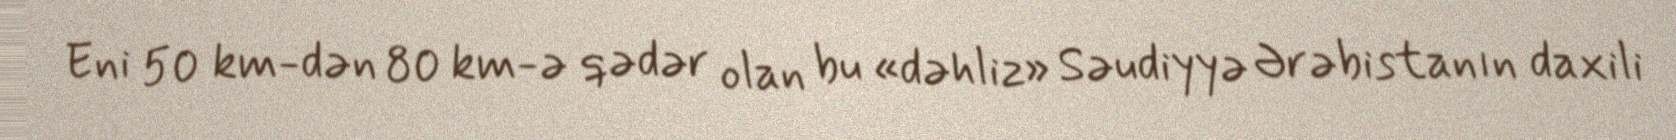
Eni 50 km-dən 80 km-ə qədər olan bu «dəhliz» Səudiyyə Ərəbistanın daxili